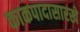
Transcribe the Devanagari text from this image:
काकपादासारखे